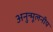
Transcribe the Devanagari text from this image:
अनुन्मूलनीय